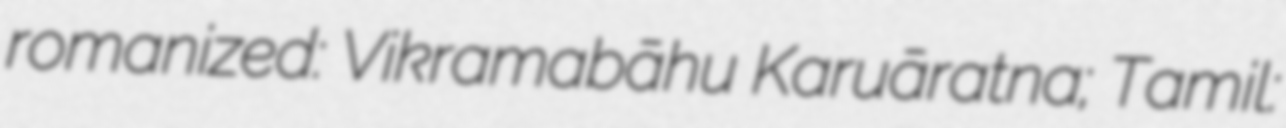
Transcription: romanized: Vikramabāhu Karuṇāratna; Tamil: